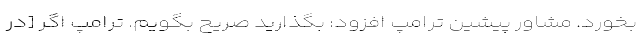
بخورد. مشاور پیشین ترامپ افزود: بگذارید صریح بگویم. ترامپ اگر [در